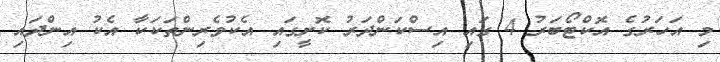
މި އަހަރުގެ އޮކްޓޯބަރު 4 ގައި އިސްކަންދަރު ކޮށީގައި އެކުވެރިންތަކަކާ އެކު އިންދައި